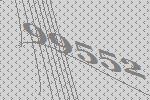
99552